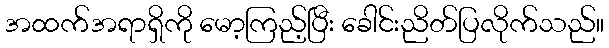
အထက်အရာရှိကို မော့ကြည့်ပြီး ခေါင်းညိတ်ပြလိုက်သည်။